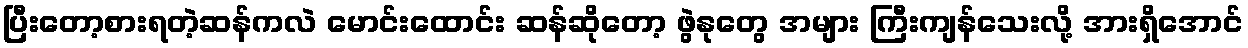
ပြီးတော့စားရတဲ့ဆန်ကလဲ မောင်းထောင်း ဆန်ဆိုတော့ ဖွဲနုတွေ အများ ကြီးကျန်သေးလို့ အားရှိအောင်